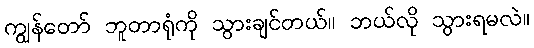
ကျွန်တော် ဘူတာရုံကို သွားချင်တယ်။ ဘယ်လို သွားရမလဲ။